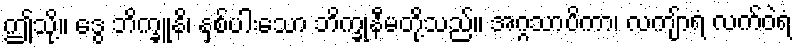
ဤသို့။ ဒွေ ဘိက္ခူနိ၊ နှစ်ပါးသော ဘိက္ခုနီမတို့သည်။ အဂ္ဂသာပိကာ၊ လကျ်ာရံ လက်ဝဲရံ